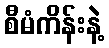
စီမံကိန်းနဲ့